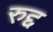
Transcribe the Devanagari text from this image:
रुद्द